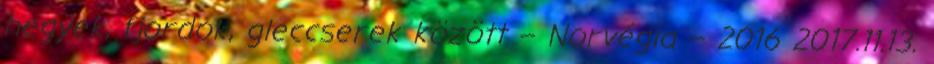
hegyek, fjordok, gleccserek között – Norvégia – 2016 2017.11.13.